Vaccine operations Central Provinces 1886-1899 - 1886-1899
Year: 1886
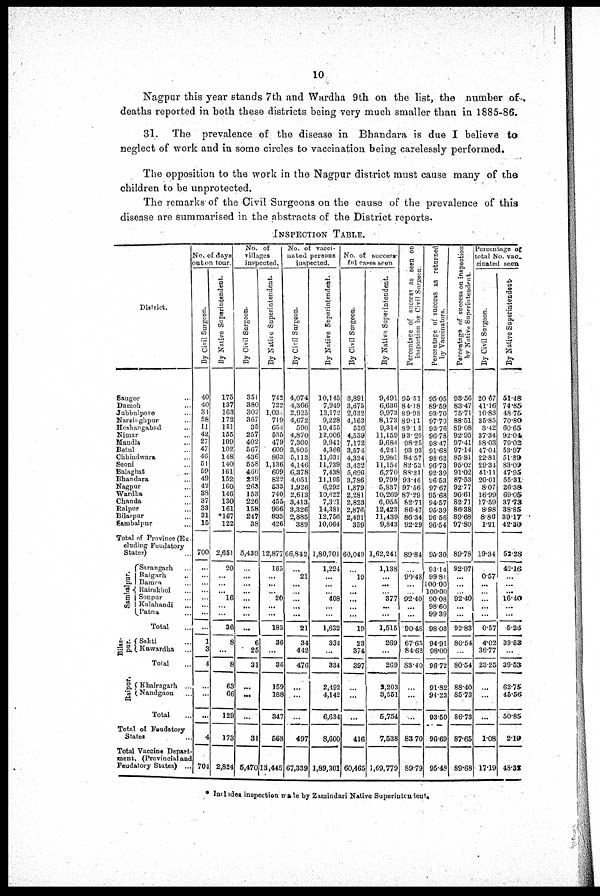
10
Nagpur this year stands 7 th and Wardha 9th on the list, the number of
deaths reported in both these districts being very much smaller than in 1885-86.
31. The prevalence of the disease in Bhandara is due I believe to
neglect of work and in some circles to vaccination being carelessly performed.
The opposition to the work in the Nagpur district must cause many of the
children to be unprotected.
The remarks of the Civil Surgeons on the cause of the prevalence of this
disease are summarised in the abstracts of the District reports.
INSPECTION TABLE.
District.
Saugor ...
Damoh ...
Jubbulpore ...
Narsinghpur ...
Hoshangabad ...
Nimar ...
Mandla ...
Betul ...
Chhindwara ...
Seoni ...
Balaghat ...
Bhandara ...
Nagpur ...
Wardha ...
Chanda ...
Raipur ...
Bilaspur ...
Sambalpur ...
Total of Province (
Feudatory
States)
Sambalpur.
Sarangarh ...
Raigarh
...
Bamra ...
Rairakhol ...
Sonpur ...
Kalahandi ...
Patna ...
Total ...
Bilas-
pur.
Sakti ...
Kawardha ...
Total ...
Raipur.
Khairagarh ...
Nandgaon ...
Total ...
Total of Faudatory
States ...
Total Vaccine Depart-
ment, (Provincial and
Feudatory States) ...
No. of days
out on tour.
By Civil Surgeon.
40
40
31
58
11
42
27
47
46
51
59
49
42
38
37
33
31
15
700
...
...
...
...
...
...
...
...
1
3
4
...
...
...
4
704
By Native Superintendent.
175
137
163
172
151
155
109
102
148
140
161
152
160
146
130
161
*167
122
2,651
20
...
...
...
16
...
...
36
8
...
8
63
66
129
173
2,824
No. of
villages
inspected.
By Civil Surgeon.
351
380
302
367
35
257
402
567
436
558
460
239
263
153
226
158
247
38
5,439
...
...
...
... ...
...
...
...
6
25
31
...
...
...
31
5,470
By Native Superintendent.
742
722
1,031
719
654
535
479
609
863
1,136
609
822
533
740
455
966
833
426
12,877
165
...
...
...
20
...
...
185
36
...
36
159
188
347
568
13,445
No. of vacci-
nated persons
inspected.
By Civil Surgeon.
4,074
4,366
2,925
4,672
590
4,870
7,300
3,805
5,113
4,146
6,378
4,051
1,926
2,613
3,413
3,326
2,885
389
66,842
...
21
...
...
...
...
...
21
34
442
476
...
...
...
497
67,339
By Native Superintendent.
10,145
7,949
13,172
9,228
10,455
12,006
9,941
4,366
11,631
11,739
7,438
11,195
6,292
10,622
7,301
14,381
12,756
10,064
1,80,701
1,224
...
...
...
408
...
...
1,632
334
...
334
2,492
4,142
6,634
8,600
1,89,301
No of succesa-
ful cases seen
By Civil Surgeon.
3,891
3,675
2,632
4,163
526
4,539
7,172
3,574
4,324
3,432
5,626
3,786
1,879
2,281
2,823
2,876
2,491
359
60,049
...
19
...
...
...
...
...
19
23
374
397
...
...
...
416
60,465
By Native Superintendent.
9,491
6,636
9,973
8,173
9,314
11,159
9,684
4,241
9,981
11,154
6,770
9,799
5,837
10,269
6,055
12,423
11,439
9,843
1,62,241
1,138
...
...
...
377
...
...
1,515
269
...
269
2,203
3,551
6,754
7,538
1,69,779
Percentage of success as seen on
inspection by Civil Surgeon.
95.51
84.18
89.98
89.11
89.15
93.20
98.25
93.93
84.57
82.53
88.21
93.46
97.56
87.29
82.71
86.47
86.34
92.29
89.84
...
90.48
...
...
92.40
...
...
90.48
67.65
84.62
83.40
...
...
...
83.70
89.79
Percentage of success as returned
by Vaccinators.
95.05
89.59
93.70
97.70
93.76
96.78
98.47
91.68
98.62
96.73
92.39
96.53
97.67
95.68
94.57
95.39
96.56
96.54
95.30
98.14
99.81
100.00
100.00
90.08
98.60
99.39
98.03
94.91
98.00
96.72
91.82
94.23
93.50
96.69
95.48
Percentage of success on inspection
by Native Superintendent.
93.56
83.47
75.71
88.51
89.08
92.95
97.41
97.14
85.81
95.02
91.02
87.53
92.77
96.61
82.71
86.38
89.68
97.80
89.78
92.97
...
...
...
92.40
...
...
92.83
80.54
...
80.54
88.40
85.73
86.73
87.65
89.68
Percentage of
total No. vac-
cinated seen
By Civil Surgeon.
20.67
41.16
10.83
35.85
3.42
37.34
58.03
47.04
22.81
29.34
41.11
20.01
8.07
16.99
17.59
8.98
8.86
1.21
19.34
...
0.57
...
...
...
...
...
0.57
4.02
36.77
23.25
...
...
...
1.08
17.19
By Native Superintendent.
51.48
74.85
48.75
70.80
60.65
92.04
79.02
53.97
51.89
83.09
47.95
55.31
26.38
69.05
37.73
38.85
39.17
42.30
52.28
42.16
...
...
...
16.40
...
...
5.26
39.53
...
39.53
62.75
45.56
50.85
2.19
48.32
* Includes inspection male by Zamindari Native Superintendent.